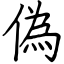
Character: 偽